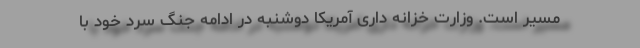
مسیر است. وزارت خزانه داری آمریکا دوشنبه در ادامه جنگ سرد خود با